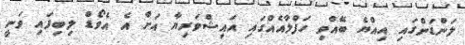
ލަންޑަންގައި އިއްޔެ ބޭއްވި ހަފްލާއެއްގައި އައިޝްވަރިޔާ އަށް އެ އެވޯޑް ލިބިފައި ވަނީ